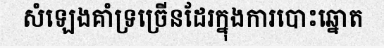
សំឡេងគាំទ្រច្រើនដែរក្នុងការបោះឆ្នោត